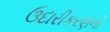
ઉદારીકરણનો